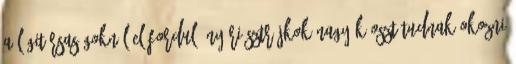
A légitársaságoknál előforduló nyári sztrájkok nagy káoszt tudnak okozni